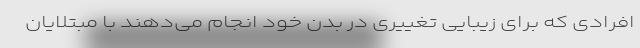
افرادی که برای زیبایی تغییری در بدن خود انجام می‌دهند با مبتلایان